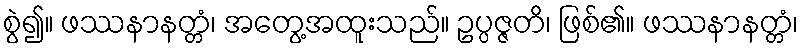
စွဲ၍။ ဖဿနာနတ္တံ၊ အတွေ့အထူးသည်။ ဥပ္ပဇ္ဇတိ၊ ဖြစ်၏။ ဖဿနာနတ္တံ၊